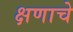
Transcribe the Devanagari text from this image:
क्षणाचे